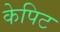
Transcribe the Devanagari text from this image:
केपिट